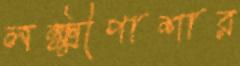
লক্ষ্মীপাশার